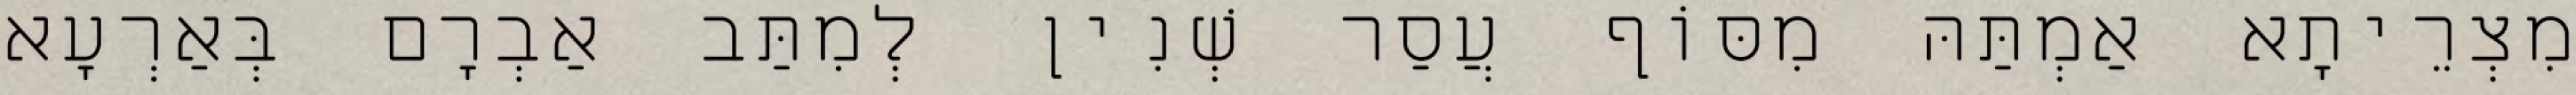
מִצְרֵיתָא אַמְתַּהּ מִסּוֹף עֲסַר שְׁנִין לְמִתַּב אַבְרָם בְּאַרְעָא